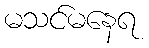
မသင်မနေရ